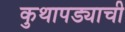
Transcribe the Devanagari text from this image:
कुथापड्याची